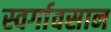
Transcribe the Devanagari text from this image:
स्वर्गावसान